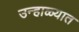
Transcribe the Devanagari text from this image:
उन्‍हाळ्यात